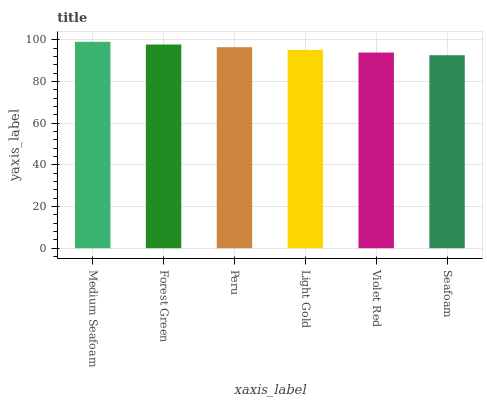
| xaxis_label | bars |
 | --- | --- |
 | Medium Seafoam | 99 |
 | Forest Green | 97.7 |
 | Peru | 96.4 |
 | Light Gold | 95.1 |
 | Violet Red | 93.9 |
 | Seafoam | 92.6 |